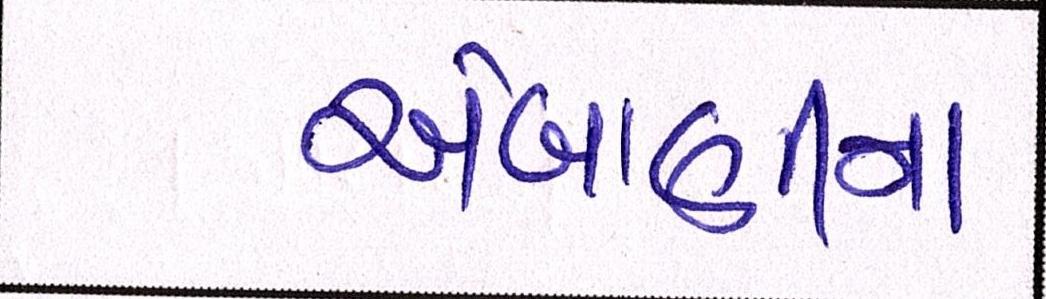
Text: અંબાણીના